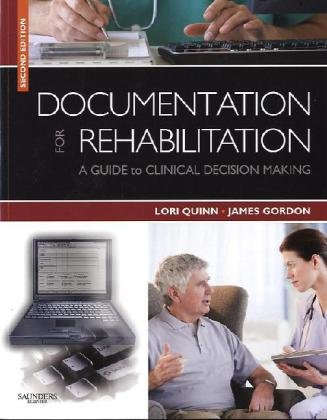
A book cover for Documentation for Rehabilitation: A Guide to Clinical Decision Making, 2e (.Net Developers Series); Lori Quinn EdD  PT; Medical Books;